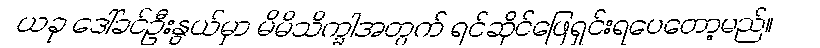
ယခု ဒေါ်ခင်ဦးနွယ်မှာ မိမိသိက္ခါအတွက် ရင်ဆိုင်ဖြေရှင်းရပေတော့မည်။